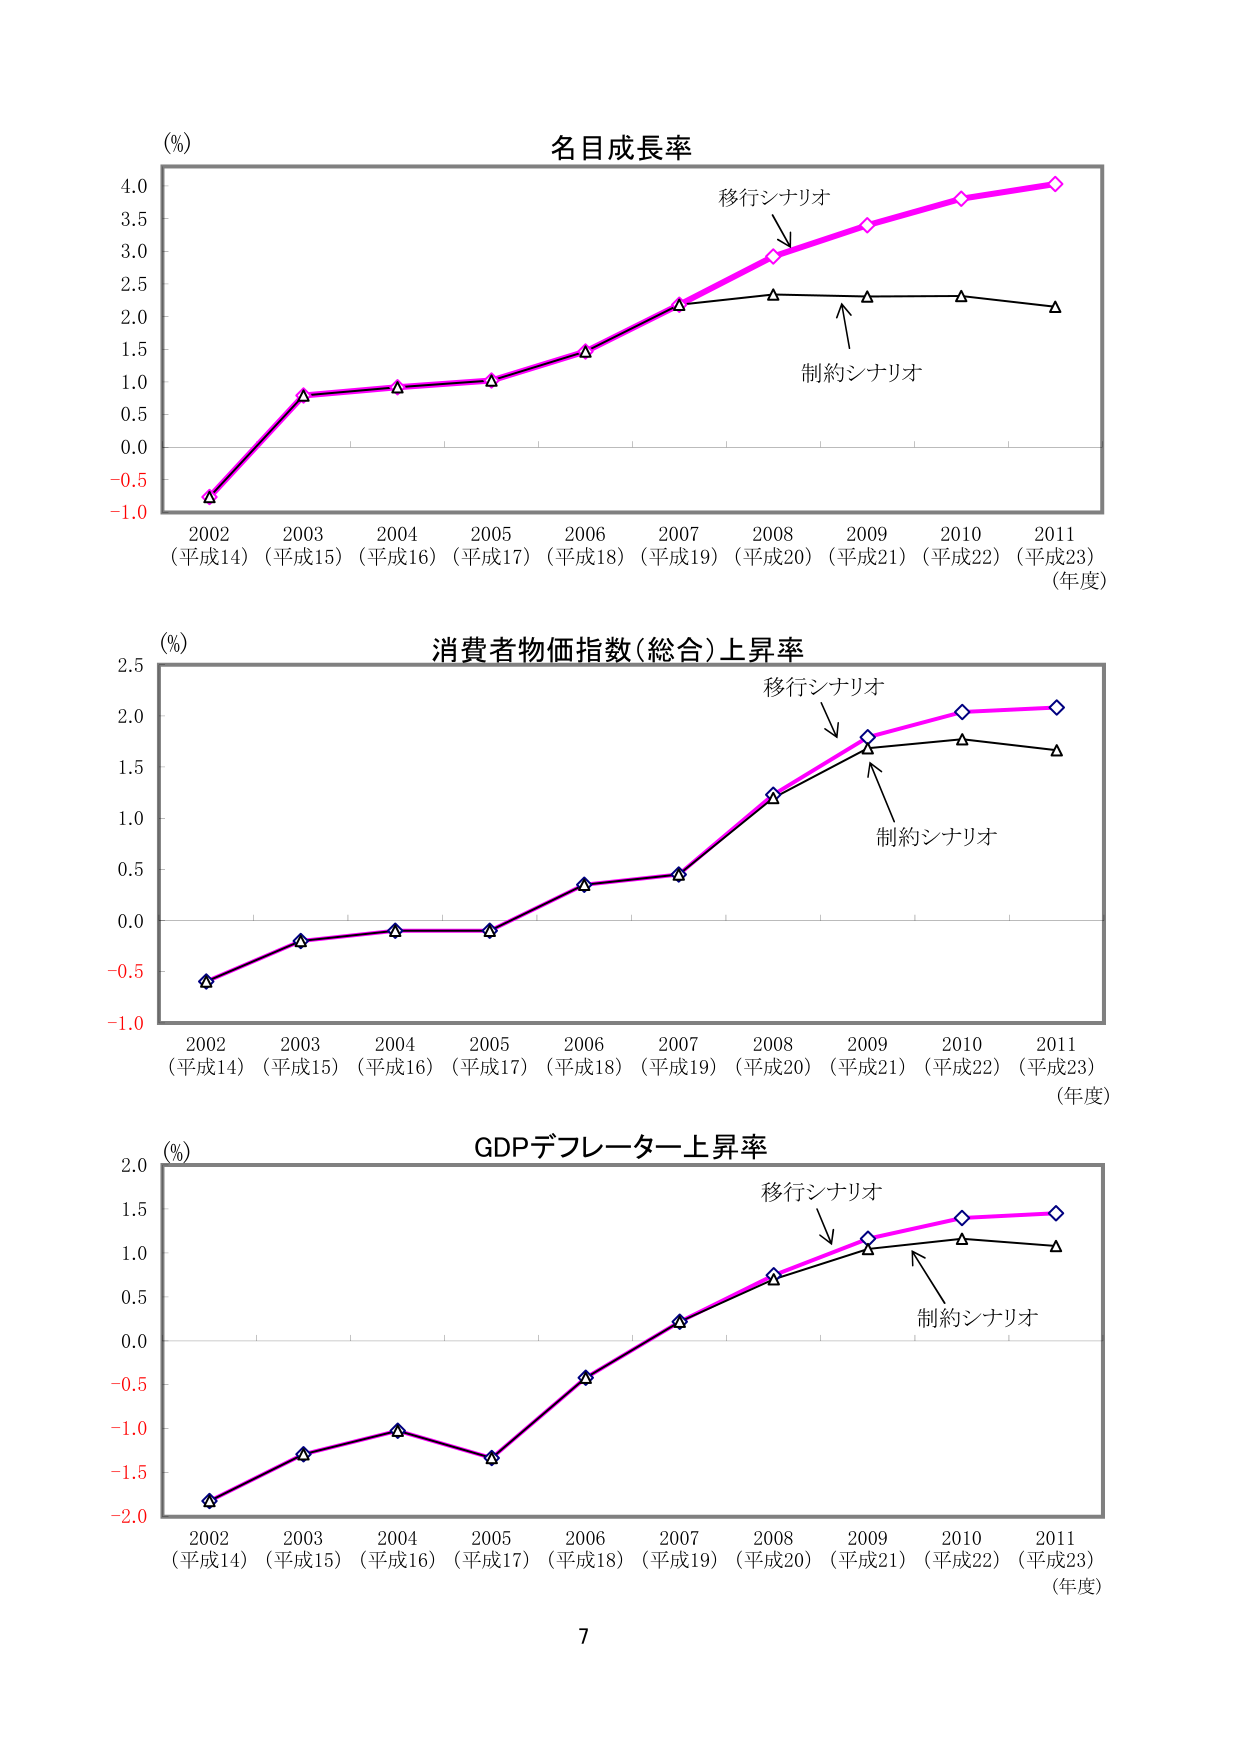
(%)
名目成長率
移行シナリオ
制約シナリオ
2002 (平成14) 2003 (平成15) 2004 (平成16) 2005 (平成17) 2006 (平成18) 2007 (平成19) 2008 (平成20) 2009 (平成21) 2010 (平成22) 2011 (平成23)
(年度)
(%)
消費者物価指数(総合)上昇率
移行シナリオ
制約シナリオ
2002 (平成14) 2003 (平成15) 2004 (平成16) 2005 (平成17) 2006 (平成18) 2007 (平成19) 2008 (平成20) 2009 (平成21) 2010 (平成22) 2011 (平成23)
(年度)
(%)
GDPデフレーター上昇率
移行シナリオ
制約シナリオ
2002 (平成14) 2003 (平成15) 2004 (平成16) 2005 (平成17) 2006 (平成18) 2007 (平成19) 2008 (平成20) 2009 (平成21) 2010 (平成22) 2011 (平成23)
(年度)
7